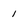
Character: 1